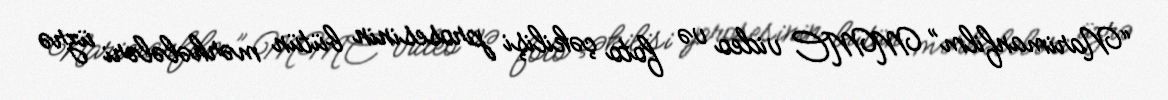
“Narimanfilm” MMC video və foto çəkilişi prosesinin bütün mərhələləri üzrə